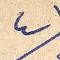
٤